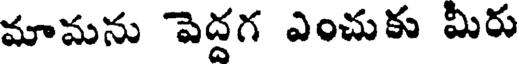
మామను పెద్దగ ఎంచుకు మీరు